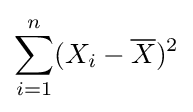
\sum _{i=1}^{n}(X_{i}-{\overline {X}})^{2}